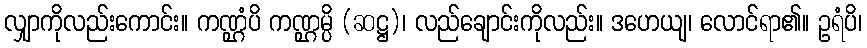
လျှာကိုလည်းကောင်း။ ကဏ္ဌံပိ ကဏ္ဌမ္ပိ (ဆဋ္ဌ)၊ လည်ချောင်းကိုလည်း။ ဒဟေယျ၊ လောင်ရာ၏။ ဥရံပိ၊